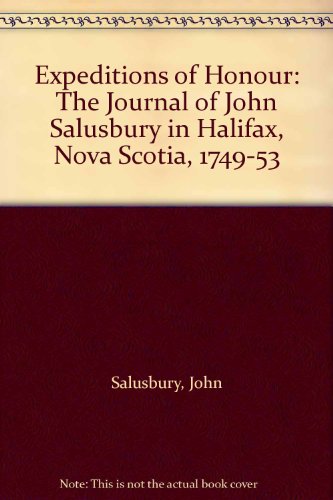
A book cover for Expeditions of Honour: The Journal of John Salusbury in Halifax, Nova Scotia, 1749-53; John Salusbury; Travel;